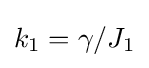
k_{1}=\gamma /J_{1}